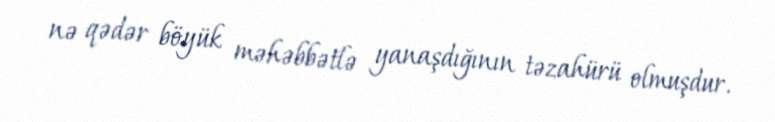
nə qədər böyük məhəbbətlə yanaşdığının təzahürü olmuşdur.